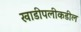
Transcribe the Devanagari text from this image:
खाडीपलीकडील